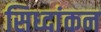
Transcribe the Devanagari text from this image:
सिध्दांकन